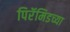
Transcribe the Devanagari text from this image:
पिरॅमिडच्या